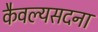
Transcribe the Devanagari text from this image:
कैवल्यसदना